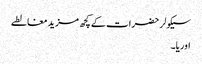
سیکولر حضرات کے کچھ مزید مغالطے
اوریا۔